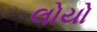
લોયો